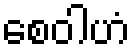
စေဝါဟံ